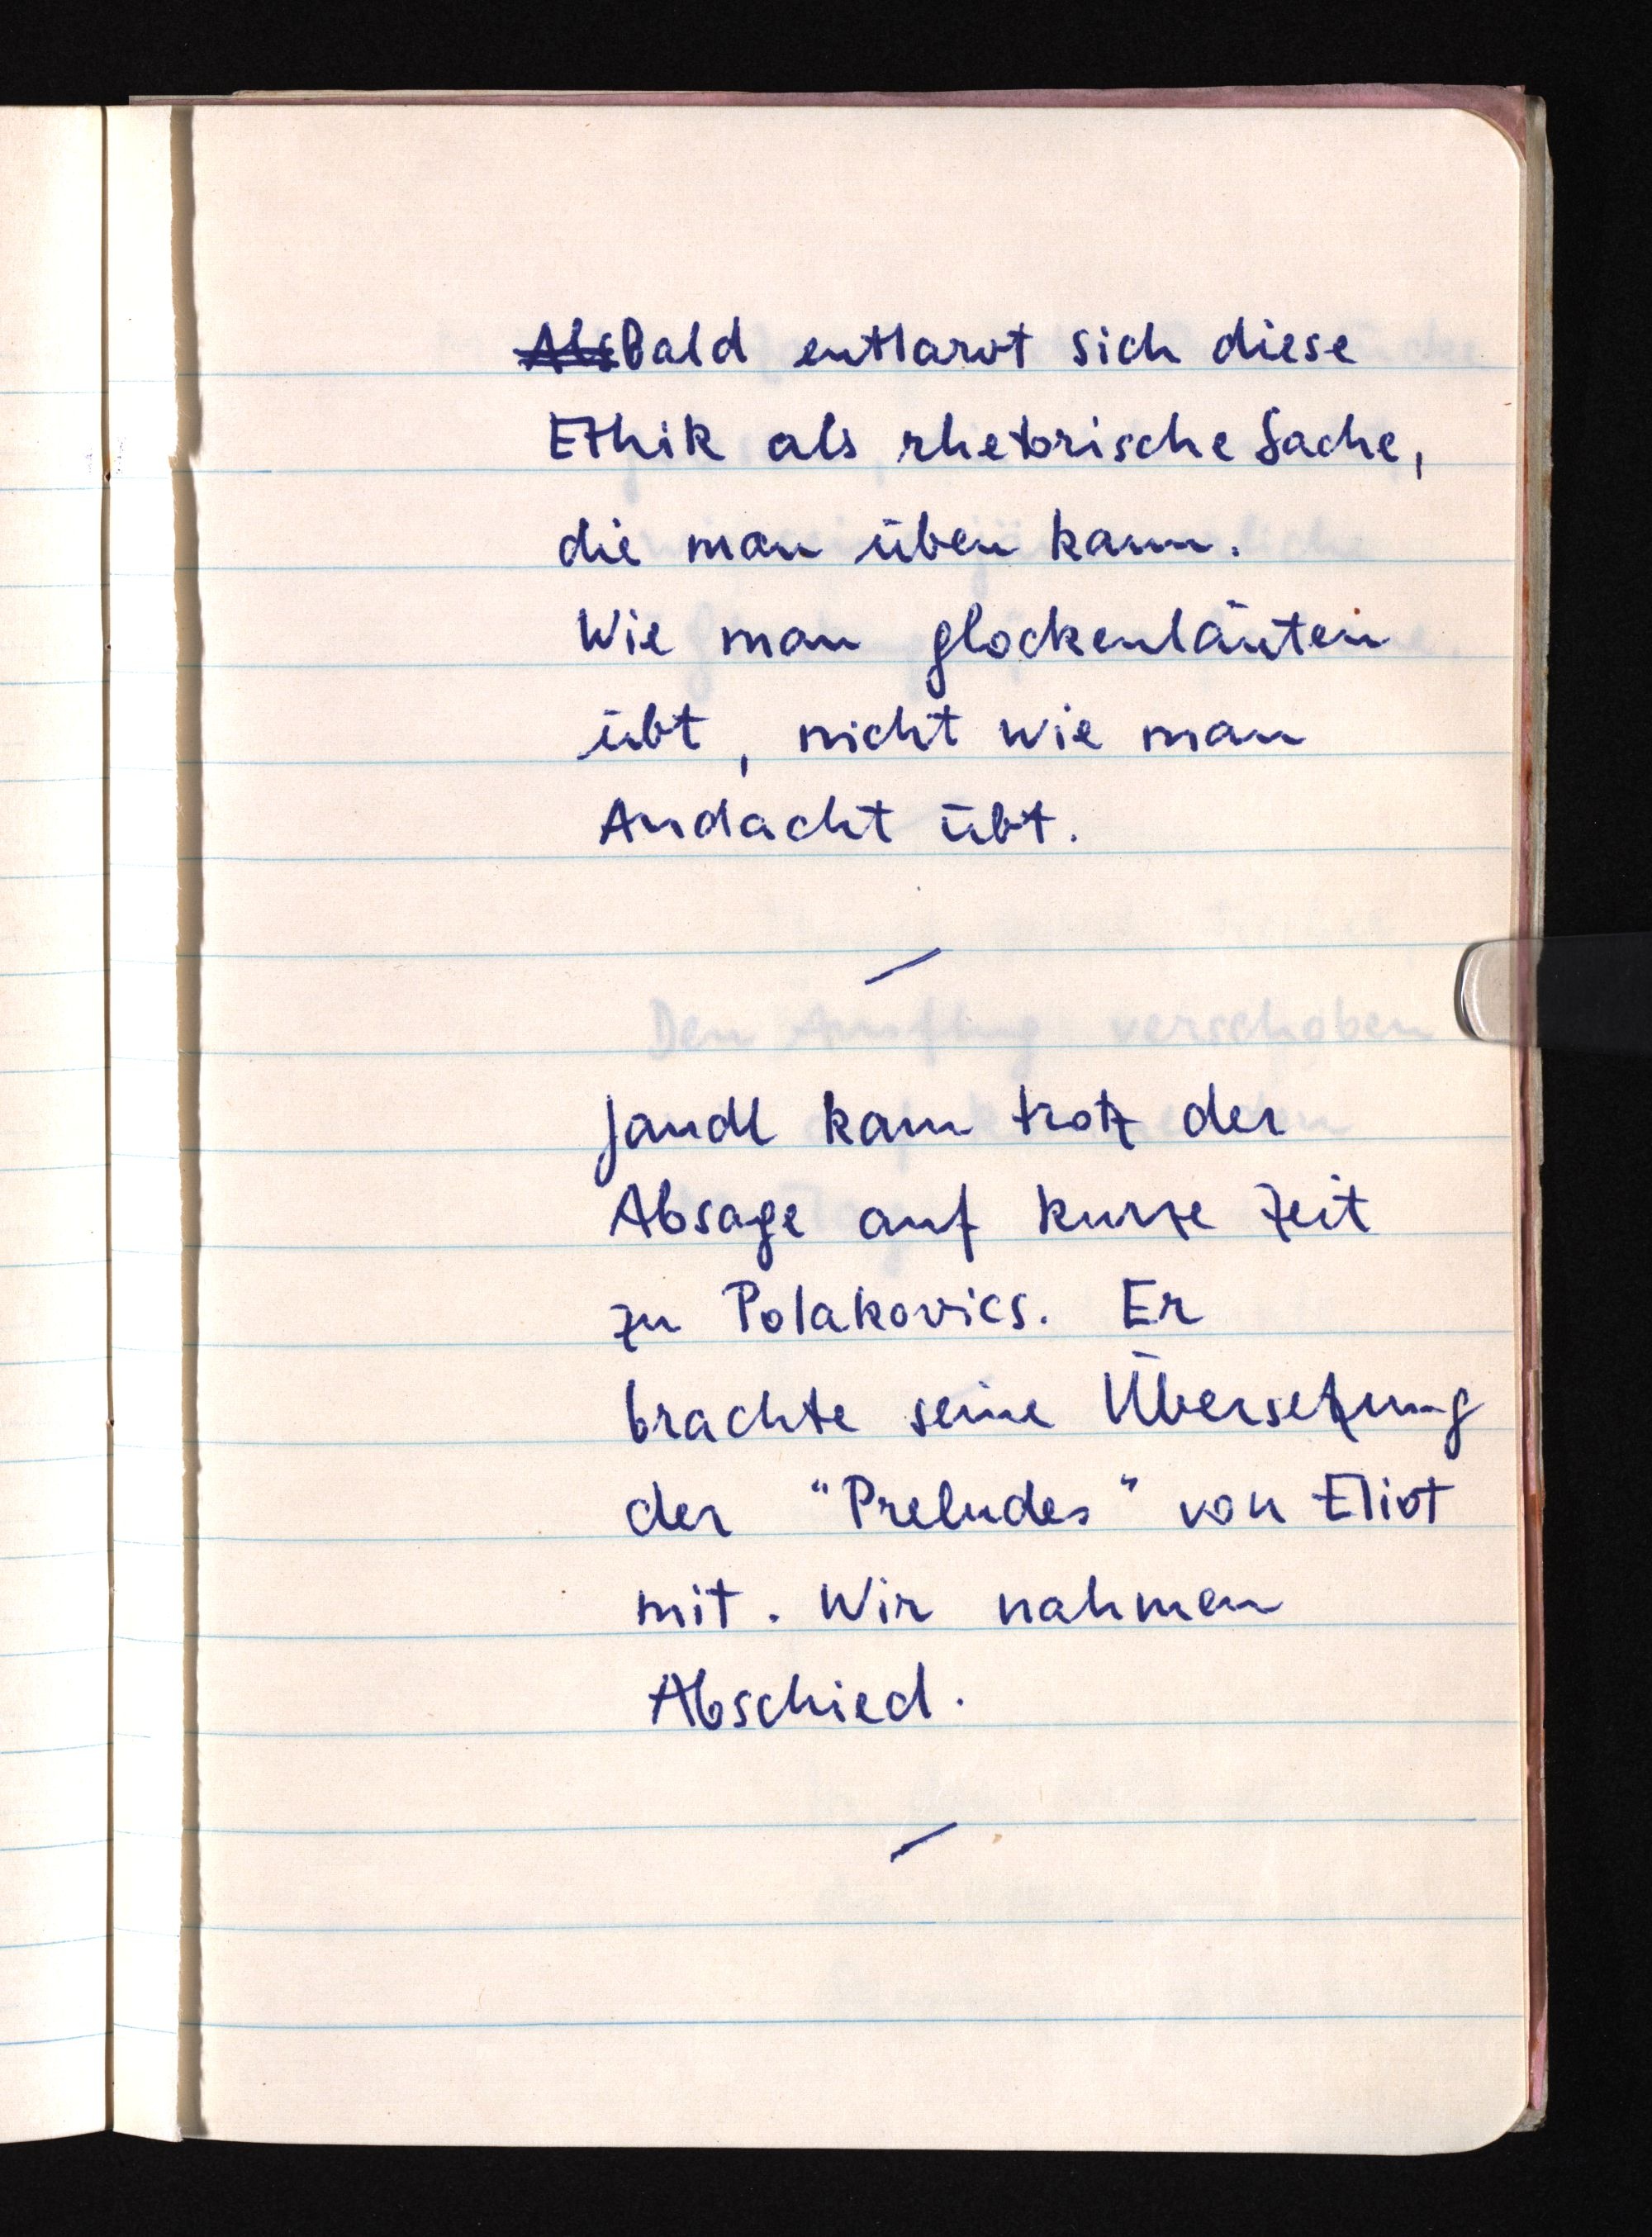
AlsbBald entlarvt sich diese
Ethik als rhetorische Sache,
die man üben kann.
Wie man glockenläuten
übt, nicht wie man
Andacht übt.
Jandl kam trotz der
Absage auf kurze Zeit
zu Polakovics. Er
brachte seine Übersetzung
der "Preludes" von Eliot
mit. Wir nahmen
Abschied.